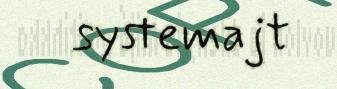
systemajt